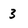
Character: 3